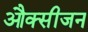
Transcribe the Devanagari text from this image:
औक्सीजन